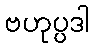
ဗဟုပ္ပဒါ